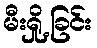
မီးရှို့ခြင်း